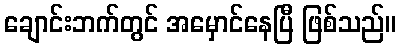
ချောင်းဘက်တွင် အမှောင်နေပြီ ဖြစ်သည်။